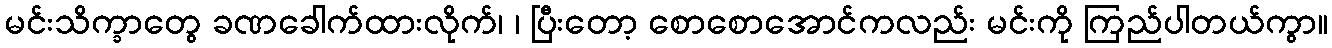
မင်းသိက္ခာတွေ ခဏခေါက်ထားလိုက်၊ ၊ ပြီးတော့ စောစောအောင်ကလည်း မင်းကို ကြည်ပါတယ်ကွာ။